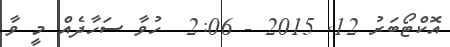
އޮކްޓޯބަރު 12